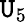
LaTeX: \mathtt{U}_{5}